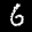
Label: 6